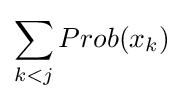
\sum _{k<j}{Prob(x_{k})}